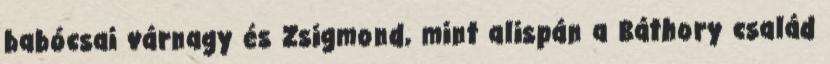
babócsai várnagy és Zsigmond, mint alispán a Báthory család